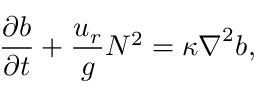
\frac { \partial b } { \partial t } + \frac { u _ { r } } { g } N ^ { 2 } = \kappa \boldsymbol { \nabla } ^ { 2 } b ,